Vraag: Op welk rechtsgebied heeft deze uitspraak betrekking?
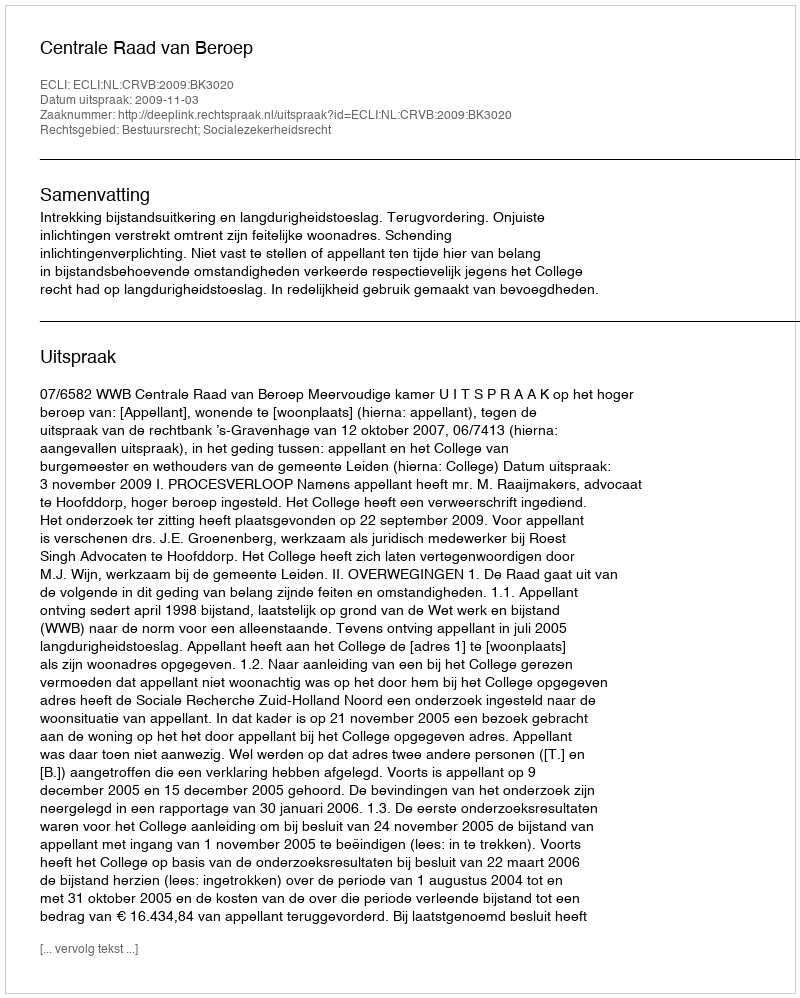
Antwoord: Bestuursrecht; Socialezekerheidsrecht